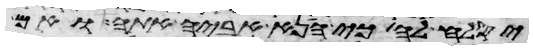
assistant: יסלח לה כי הניא אביה אתה ואם